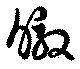
暾